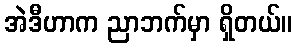
အဲဒီဟာက ညာဘက်မှာ ရှိတယ်။